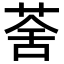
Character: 𦲧